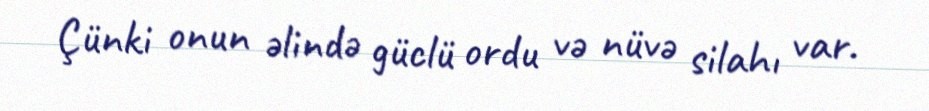
Çünki onun əlində güclü ordu və nüvə silahı var.